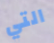
التي